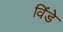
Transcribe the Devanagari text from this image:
विंडे